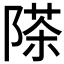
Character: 𮥗